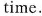
time.